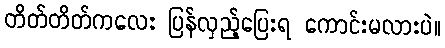
တိတ်တိတ်ကလေး ပြန်လှည့်ပြေးရ ကောင်းမလားပဲ။